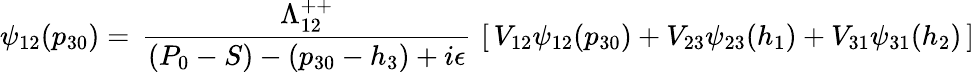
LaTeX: \psi_{12}(p_{30})=\, {\frac{\Lambda_{12}^{++}}{(P_{0}-S)-(p_{30}-h_{3})+i\epsilon}}\, \left[\, V_{12}\psi_{12}(p_{30})+V_{23}\psi_{23}(h_{1})+V_{31}\psi_{31}(h_{2})\, \right]